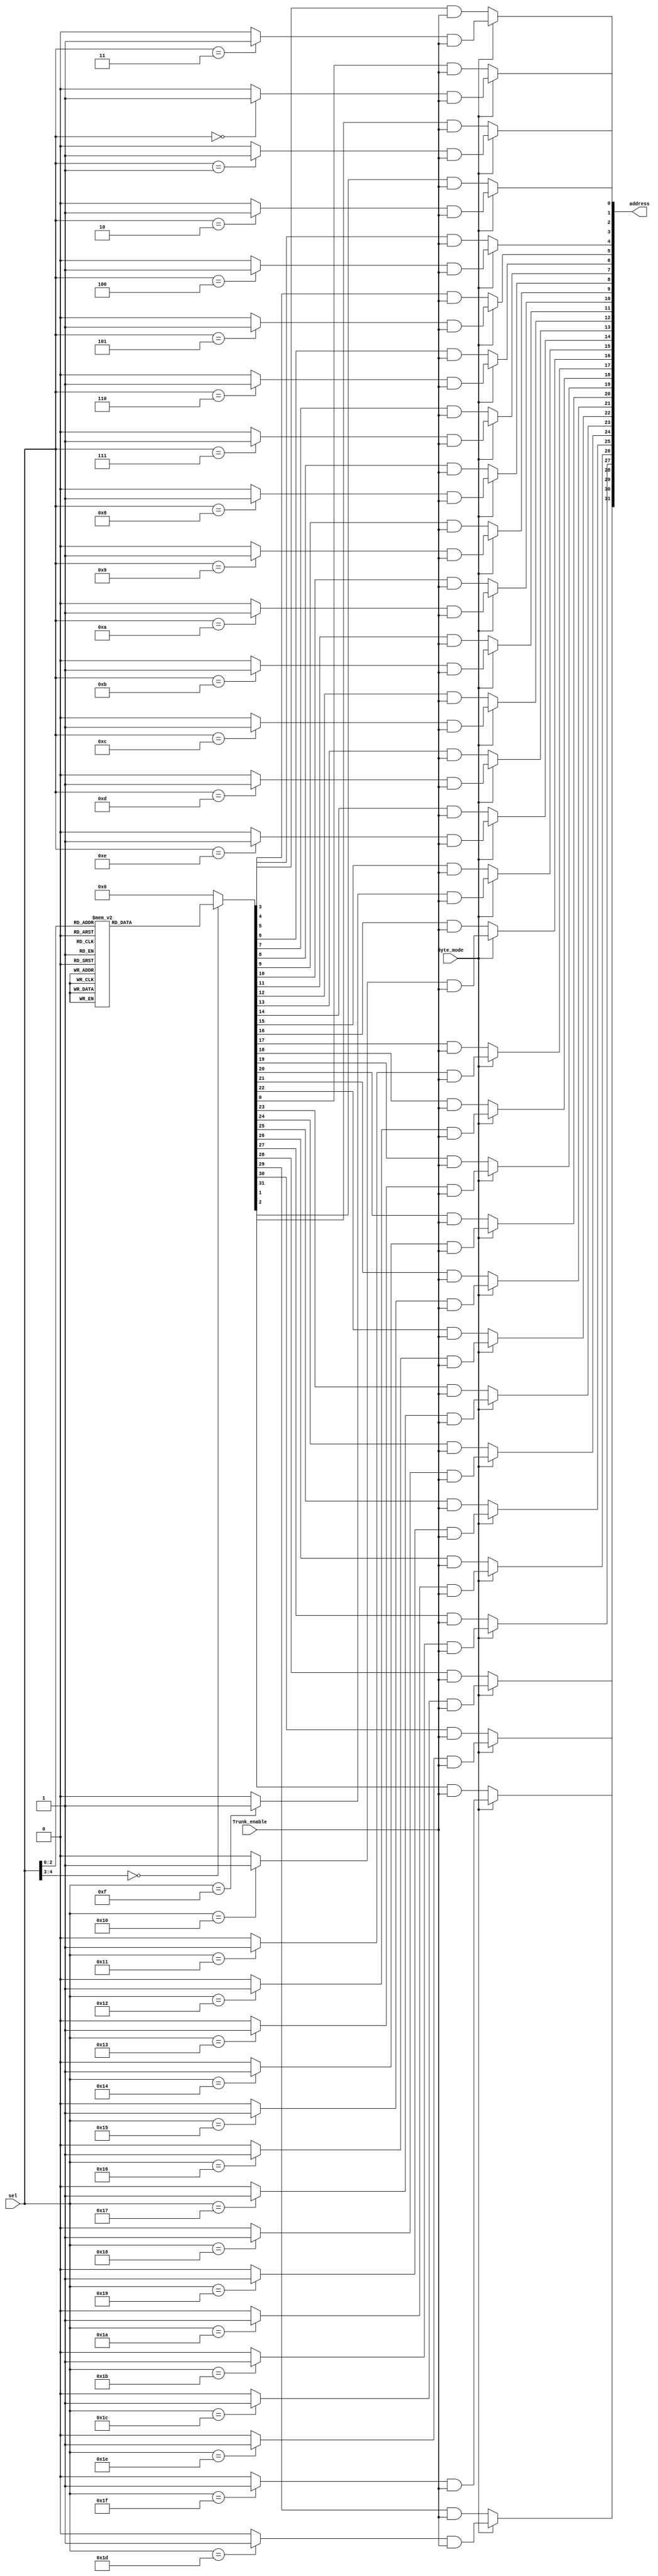
//////////////////////////////////////////////////////////////////////////////////
// Company: 
// Engineer: 
// 
// Design Name: 
// Module Name: BankWordDecoder
// Project Name: 
// Target Devices: 
// Tool Versions: 
// Description: 
// 
// Dependencies: 
// 
// Revision:
// Revision 0.01 - File Created
// Additional Comments:
// 
//////////////////////////////////////////////////////////////////////////////////


module Trunk_Decoder(
    input Byte_mode,
    input [4:0] sel,
    input Trunk_enable,
    output reg [31:0] address
);

    integer i;
    integer k;
    reg [31:0] address_tmp;
    reg [31:0] address_byte;

   always @(address_tmp, address_byte, Trunk_enable) begin
        for(k=0; k<32; k=k+1) begin
            if (Byte_mode)
                address[k] <= address_tmp[k] & Trunk_enable;       
            else
                address[k] <= address_byte[k] & Trunk_enable; 
        end
    end
    
    always @(*) begin
        case (sel)
        0: address_byte <= 32'b00000001_00000001_00000001_00000001;
        1: address_byte <= 32'b00000010_00000010_00000010_00000010;
        2: address_byte <= 32'b00000100_00000100_00000100_00000100;
        3: address_byte <= 32'b00001000_00001000_00001000_00001000;
        4: address_byte <= 32'b00010000_00010000_00010000_00010000;
        5: address_byte <= 32'b00100000_00100000_00100000_00100000;
        6: address_byte <= 32'b01000000_01000000_01000000_01000000;
        7: address_byte <= 32'b10000000_10000000_10000000_10000000;
        default : address_byte <= 32'b00000000_00000000_0000000_0000000;
        endcase
    end

    always @(*) begin
        for(i=0; i<32; i=i+1) begin
            address_tmp[i] <= (sel==i)?1'b1:1'b0;
        end
    end
    
endmodule